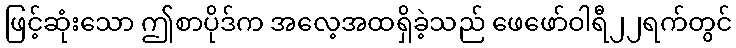
ဖြင့်ဆုံးသော ဤစာပိုဒ်က အလေ့အထရှိခဲ့သည် ဖေဖော်ဝါရီ၂၂ရက်တွင်